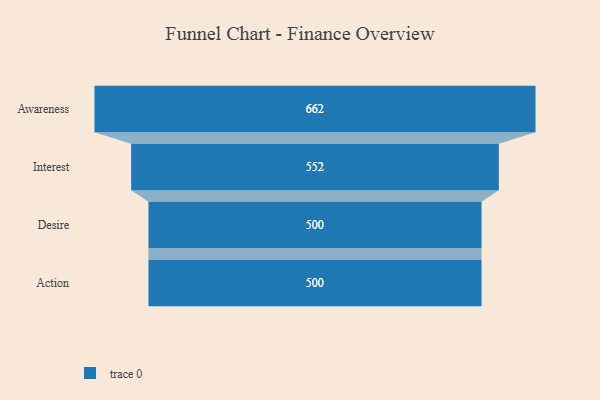
{"axis": {"x": "Stage", "y": "Value"}, "legend": [""], "data": [{"x": "Awareness", "y": 662.0, "type": ""}, {"x": "Interest", "y": 552.0, "type": ""}, {"x": "Desire", "y": 500, "type": ""}, {"x": "Action", "y": 500, "type": ""}]}